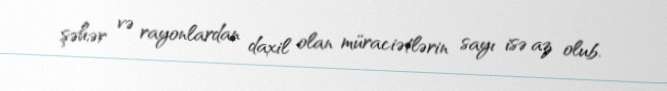
şəhər və rayonlardan daxil olan müraciətlərin sayı isə az olub.